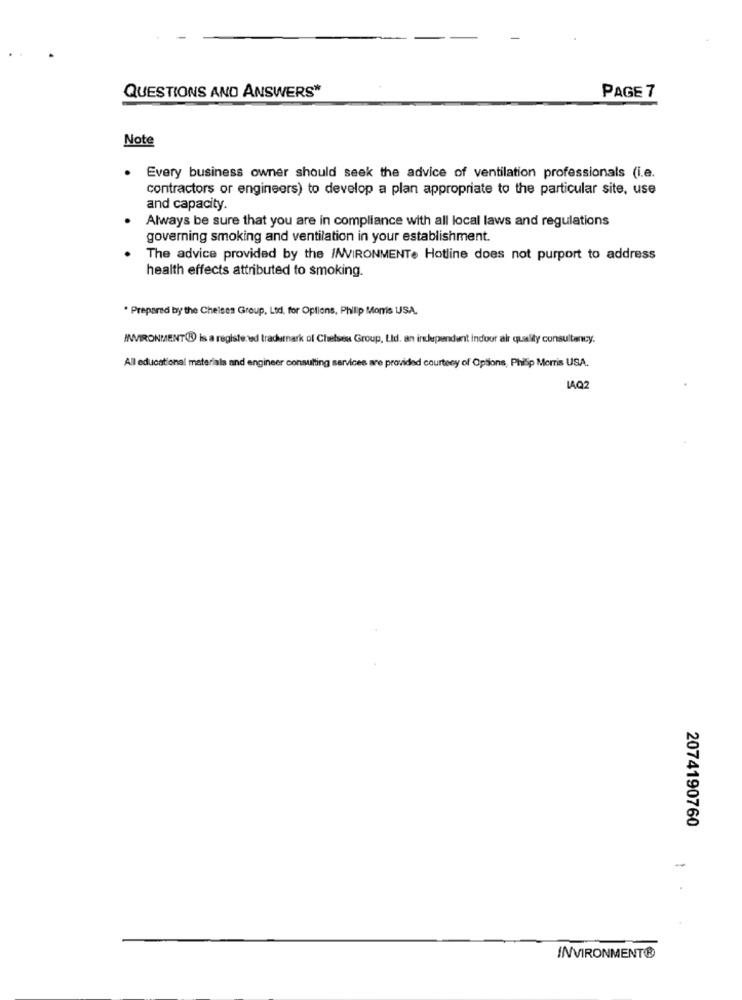
QUESTIONS AND ANSWERS*
PAGE 7
Note
Every business owner should seek the advice of ventilation professionals (i.e.
contractors or engineers) to develop a plan appropriate to the particular site, use
and capacity.
Always be sure that you are in compliance with all local laws and regulations
governing smoking and ventilation in your establishment.
The advice provided by the I/WVIRONMENT. Hotline does not purport to address
health effects attributed to smoking.
*Prepared by the Chelses Group, Ltd. for Options, Phillip Morris USA.
MWVIRONMENT(@ is a registered trademark of Chelsen Group, Ltd. an independent indoor air quality consultancy.
All educational materials and engineer consulting services are provided courtesy of Options, Philip Morris USA.
LAQ2
2074190760
-
INVIRONMENT®